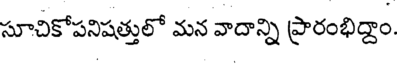
సూచికోపనిషత్తులో మన వాదాన్ని ప్రారంభిద్దాం.